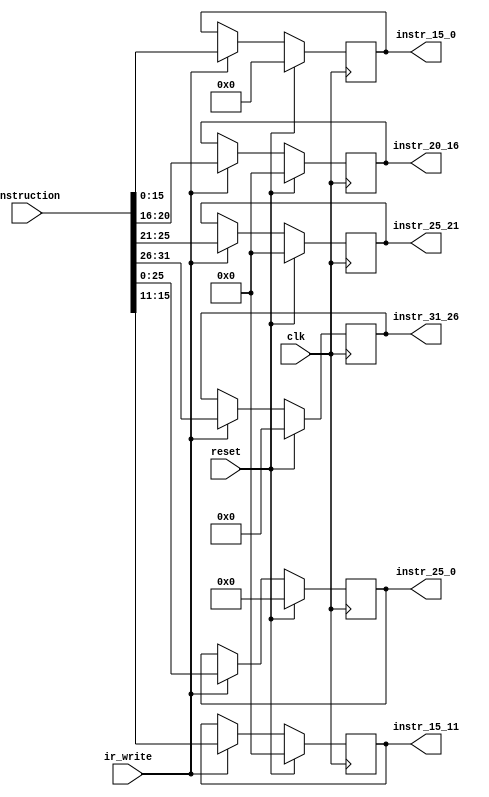
`timescale 1ns / 1ps
//////////////////////////////////////////////////////////////////////////////////
// Company: 
// Engineer: 
// 
// Design Name: 
// Module Name:    ceyloniac_instruction_register 
// Project Name: 
// Target Devices: 
// Tool versions: 
// Description: 
//
// Dependencies: 
//
// Revision: 
// Revision 0.01 - File Created
// Additional Comments: 
//
//////////////////////////////////////////////////////////////////////////////////
module ceyloniac_instruction_register
#(parameter RAM_DATA_WIDTH=32,OPCODE_WIDTH=6)
(
clk,
reset,
ir_write,
instruction,
instr_31_26,
instr_25_21,
instr_20_16,
instr_15_0,
instr_15_11,
instr_25_0
    );

input clk;
input reset;
input ir_write;
input [RAM_DATA_WIDTH-1:0]instruction;
output reg[OPCODE_WIDTH-1:0] instr_31_26;
output reg[4:0] instr_25_21;
output reg[4:0] instr_20_16;
output reg [15:0] instr_15_0;
output reg[4:0] instr_15_11;
output reg[25:0] instr_25_0;


always@(posedge clk)begin
if(!reset)begin
  if(ir_write)begin
		instr_31_26<=instruction[31:26];
		instr_25_21<=instruction[25:21];
		instr_20_16<=instruction[20:16];
		instr_15_0<=instruction[15:0];
		instr_15_11<=instruction[15:11];
		instr_25_0<=instruction[25:0];
  end
end
else begin
     	instr_31_26<=0;
		instr_25_21<=0;
		instr_20_16<=0;
		instr_15_0<=0;
		instr_15_11<=0;
		instr_25_0<=0;
end

end

endmodule